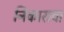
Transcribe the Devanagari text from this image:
निकारावा